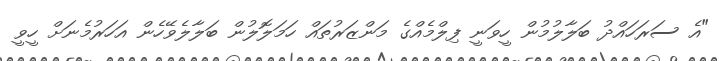
"އެ ސަރަހައްދު ބަލާލުމުން ހީވަނީ ފިލްމެއްގެ މަންޒަރުތައް ހަމަލޮލުން ބަލާލެވޭހެން އަހަރުމެނަށް ހީވީ